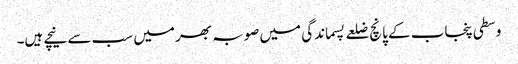
وسطی پنجاب کے پانچ ضلعے پسماندگی میں صوبہ بھر میں سب سے نیچے ہیں۔